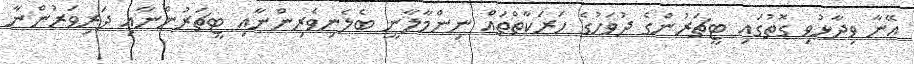
އޭނާ ވިދާޅުވި ގޮތުގައި ޓީޗަރުންގެ ދުވަހުގެ ހަރަކާތްތައް ނިންމާލާނީ ބެލެނިވެރިންނާއި ޓީޗަރުންނާއި ދަރިވަރުންނާ